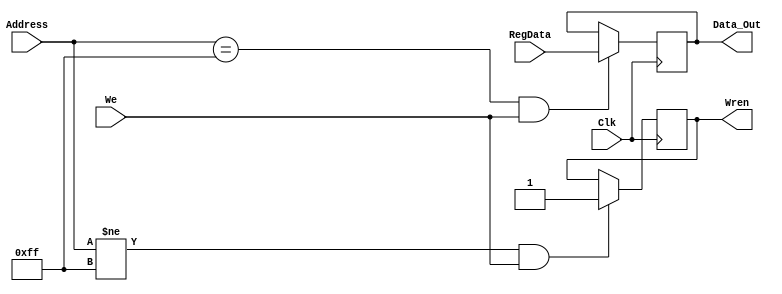
module Parallel_Out (input [7:0] RegData, Address, 
							input Clk, We,
							output reg [7:0] Data_Out, 
							output reg Wren);
	
		always@(posedge Clk)begin 
			if(Address == 8'hff & We==1'h1) Data_Out = RegData;			
			if(Address != 8'hff & We) Wren = 1;
 		end
endmodule